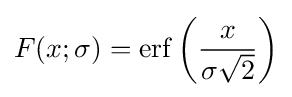
F(x;\sigma )=\operatorname {erf} \left({\frac {x}{\sigma {\sqrt {2}}}}\right)